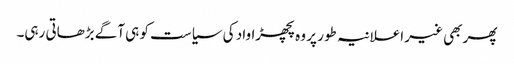
پھر بھی غیر اعلانیہ طور پر وہ پچھڑاواد کی سیاست کو ہی آگے بڑھاتی رہی۔